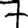
Digit: 7